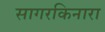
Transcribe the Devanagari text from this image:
सागरकिनारा